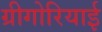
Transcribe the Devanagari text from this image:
ग्रीगोरियाई